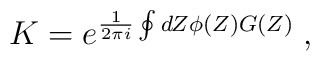
K=e^{\frac{1}{2\pi i}\oint dZ \phi(Z) G(Z)}\;,